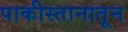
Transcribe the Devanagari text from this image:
पाकीस्तानातून